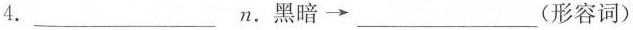
4.___n.黑暗\longrightarrow ___(形容词)